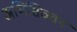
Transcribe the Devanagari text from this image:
अभिसिञ्चन